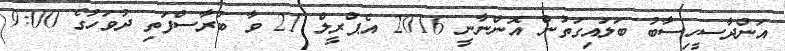
އަންދާސީހިސާބު ބަލައިގަތުން އޮންނާނީ 2016 އެޕްރީލް 21 ވާ ބުރާސްފަތި ދުވަހުގެ 9:00